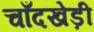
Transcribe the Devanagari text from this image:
चाँदखेड़ी